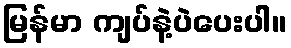
မြန်မာ ကျပ်နဲ့ပဲပေးပါ။